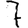
Digit: 7